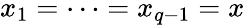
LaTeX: x_{1}=\dots=x_{q-1}=x